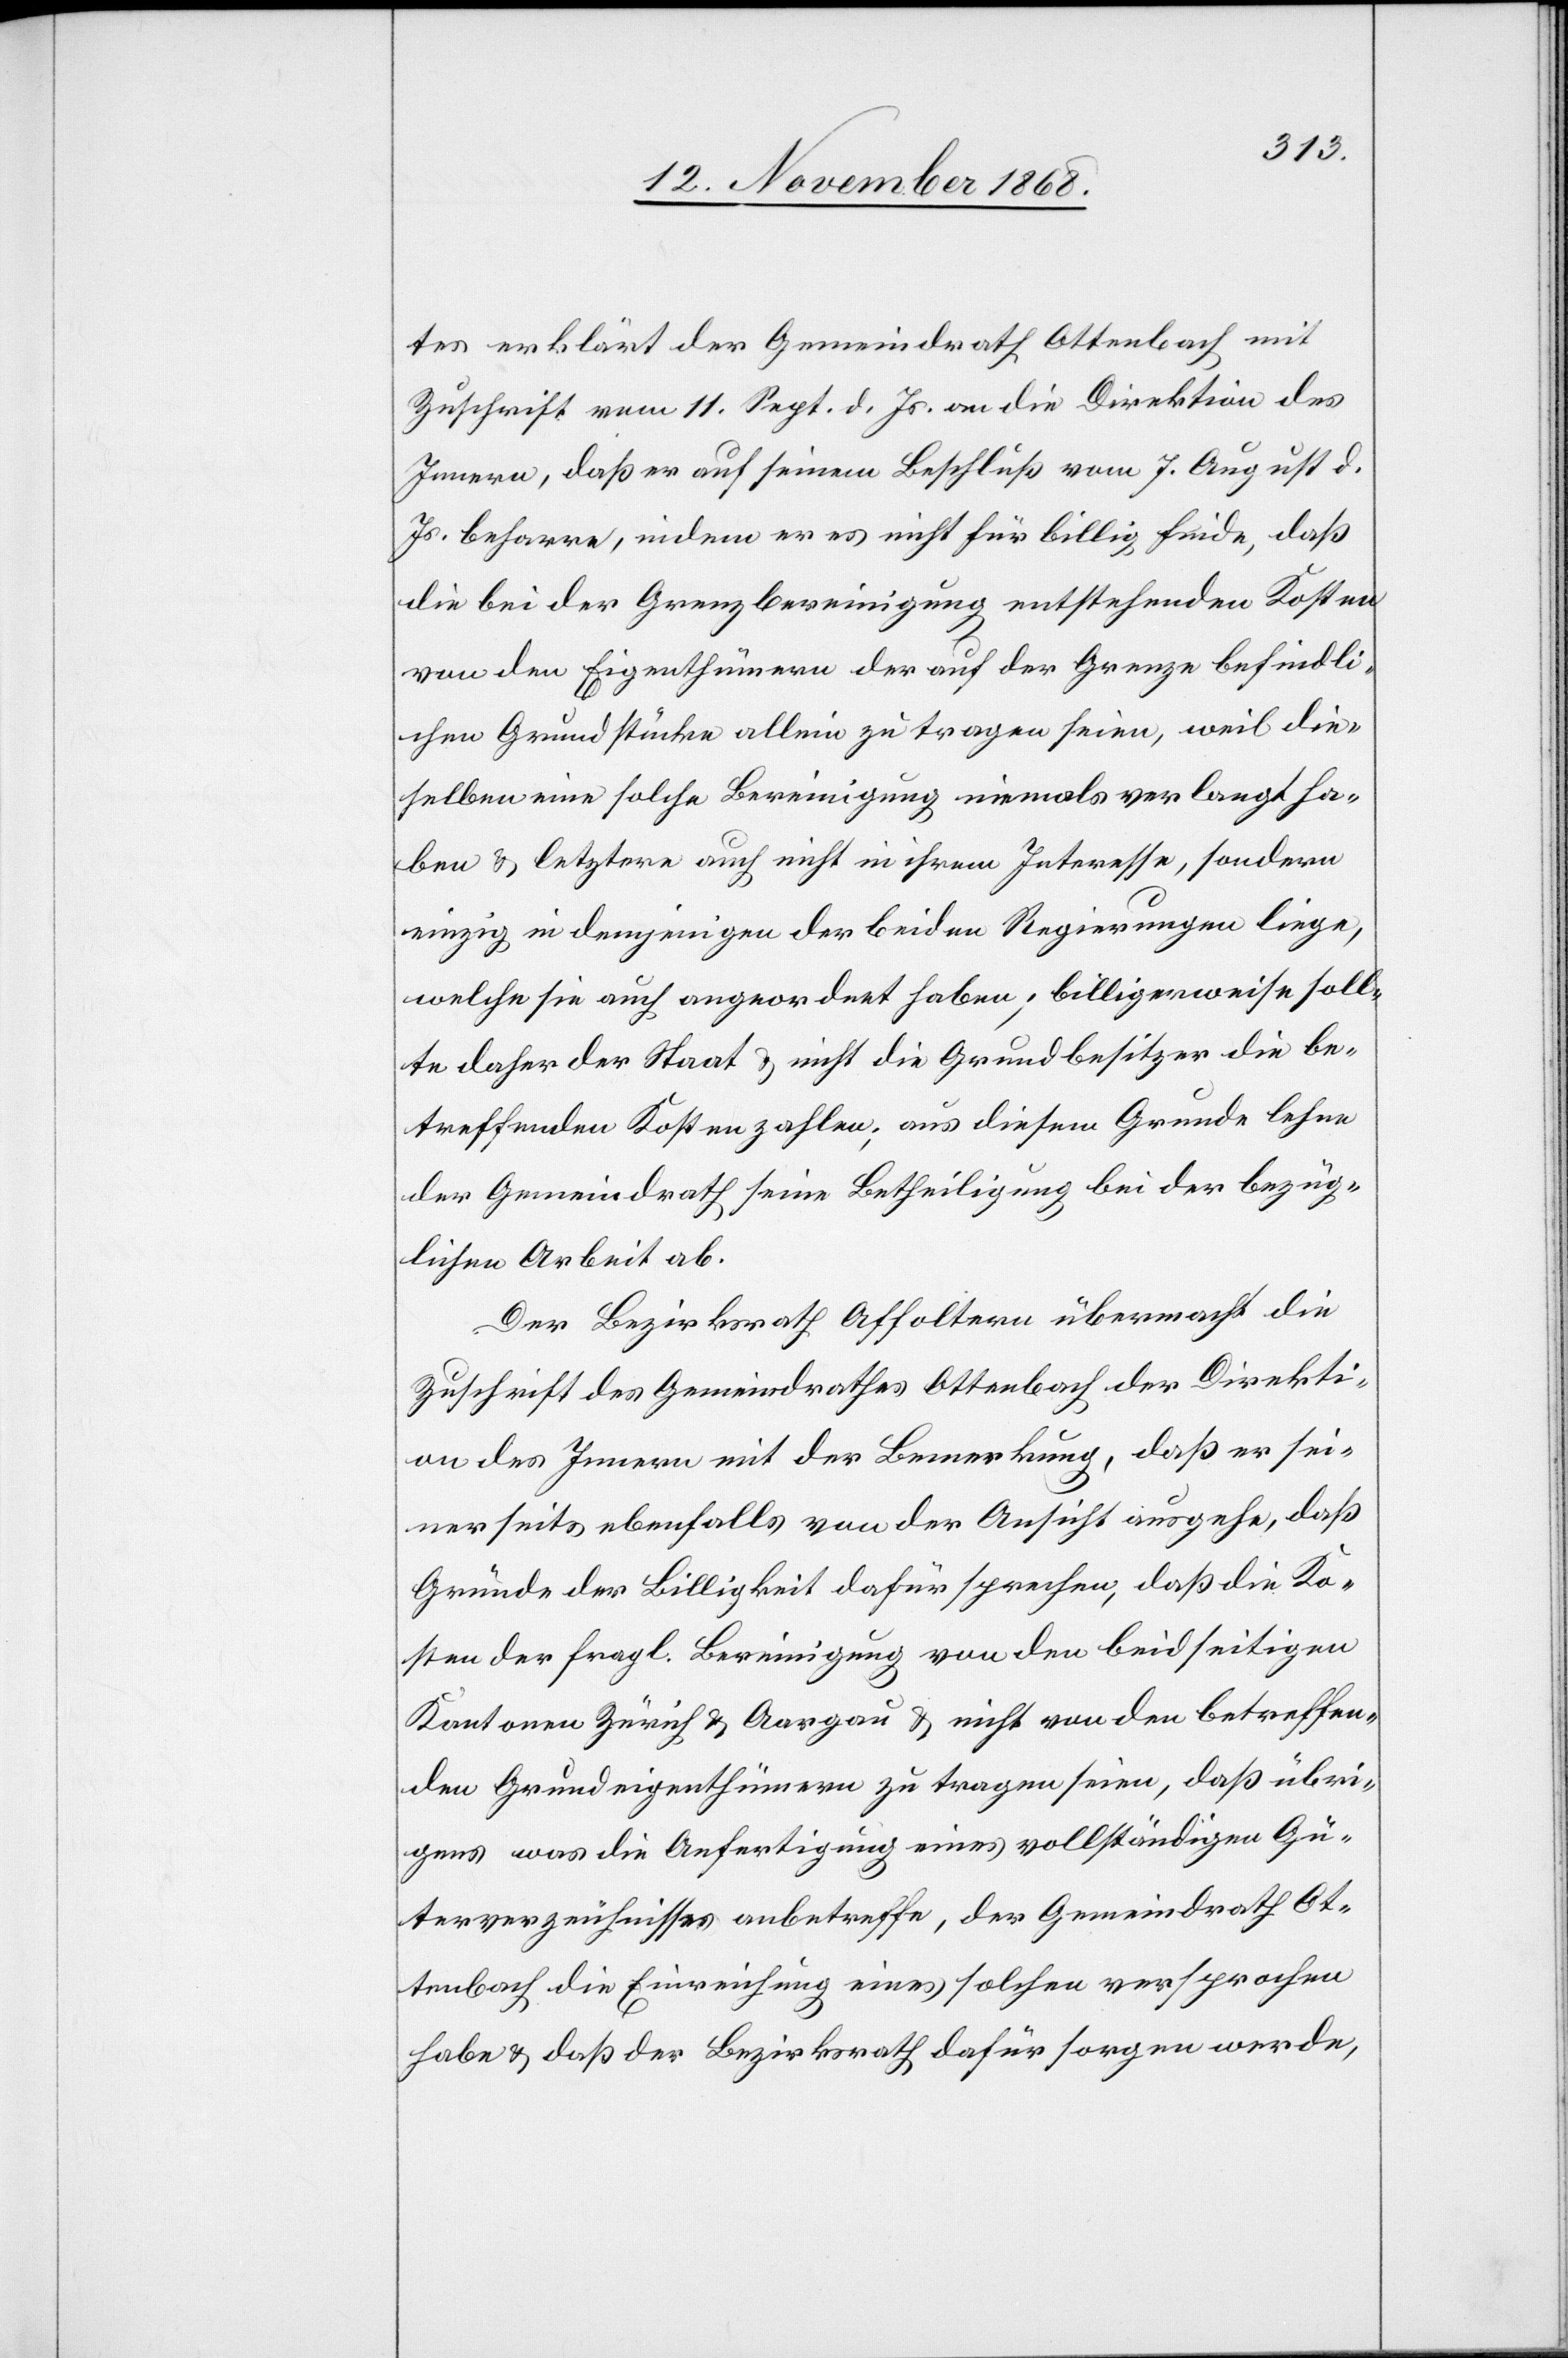
tes erklärt der Gemeindrath Ottenbach mit
Zuschrift vom 11. Sept. d. Js. an die Direktion des
Innern, daß er auf seinem Beschluß vom 7. August d.
Js. beharre, indem er es nicht für billig finde, daß
die bei der Grenzbereinigung entstehenden Kosten
von den Eigenthümern der auf der Grenze befindli¬
chen Grundstücke allein zu tragen seien, weil die¬
selben eine solche Bereinigung niemals verlangt ha¬
ben & letztere auch nicht in ihrem Interesse, sondern
einzig in demjenigen der beiden Regierungen liege,
welche sie auch angeordnet haben; billigerweise soll¬
te daher der Staat & nicht die Grundbesitzer die be¬
treffenden Kosten zahlen; aus diesem Grunde lehne
der Gemeindrath seine Betheiligung bei der bezüg¬
lichen Arbeit ab.
Der Bezirksrath Affoltern übermacht die
Zuschrift des Gemeindrathes Ottenbach der Direkti¬
on des Innern mit der Bemerkung, daß er sei¬
nerseits ebenfalls von der Ansicht ausgehe, daß
Gründe der Billigkeit dafür sprechen, daß die Ko¬
sten der fragl. Bereinigung von den beidseitigen
Kantonen Zürich & Aargau & nicht von den betreffen¬
den Grundeigenthümern zu tragen seien, daß übri¬
gens was die Anfertigung eines vollständigen Gü¬
terverzeichnisses anbetreffe, der Gemeindrath Ot¬
tenbach die Einreichung eines solchen versprochen
habe & daß der Bezirksrath dafür sorgen werde,